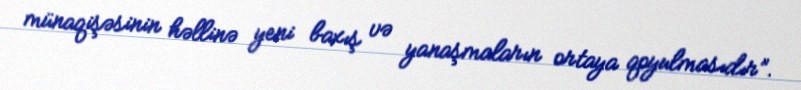
münaqişəsinin həllinə yeni baxış və yanaşmaların ortaya qoyulmasıdır”.